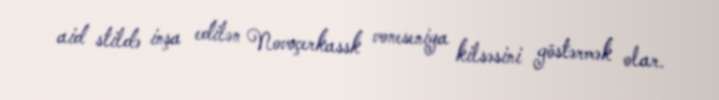
aid stildə inşa edilən Novoçerkassk voneseniya kilsəsini göstərmək olar.